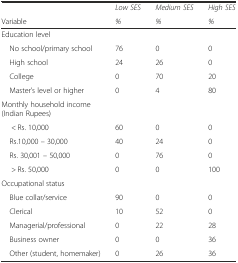
|  | Low SES | Medium SES | High SES |
 | Variable | % | % | % |
 | --- | --- | --- | --- |
 | Education level |  |  |  |
 | No school/primary school | 76 | 0 | 0 |
 | High school | 24 | 26 | 0 |
 | College | 0 | 70 | 20 |
 | Master’s level or higher | 0 | 4 | 80 |
 | Monthly household income (Indian Rupees) |  |  |  |
 | < Rs. 10,000 | 60 | 0 | 0 |
 | Rs.10,000 – 30,000 | 40 | 24 | 0 |
 | Rs. 30,001 – 50,000 | 0 | 76 | 0 |
 | > Rs. 50,000 | 0 | 0 | 100 |
 | Occupational status |  |  |  |
 | Blue collar/service | 90 | 0 | 0 |
 | Clerical | 10 | 52 | 0 |
 | Managerial/professional | 0 | 22 | 28 |
 | Business owner | 0 | 0 | 36 |
 | Other (student, homemaker) | 0 | 26 | 36 |